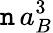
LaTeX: \mathtt{n}\, a_{B}^{3}